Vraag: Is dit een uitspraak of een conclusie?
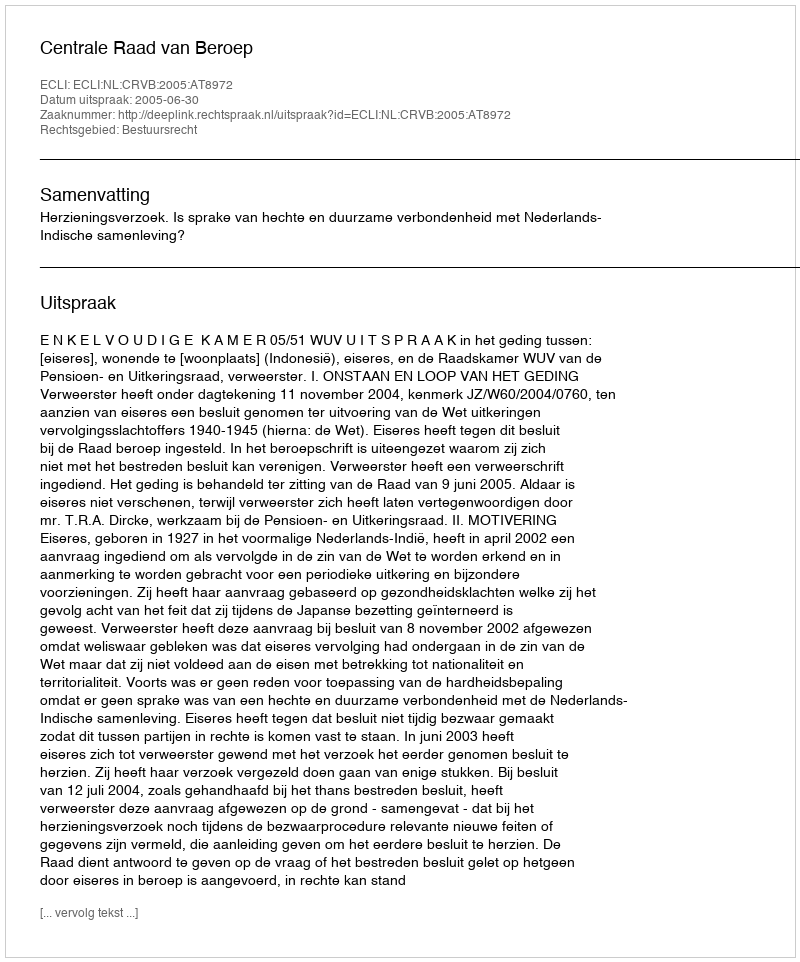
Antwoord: Uitspraak